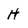
Character: H